Lunatic asylums in Bengal annual reports 1888-1898 - 1888-1898
Year: 1888
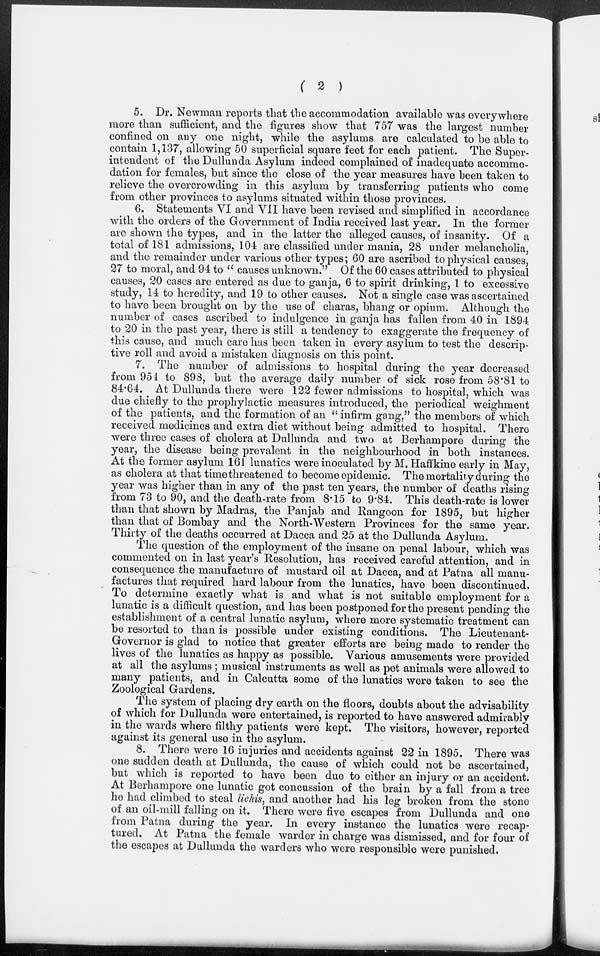
( 2 )
5. Dr. Newman reports that the accommodation available was everywhere
more than sufficient, and the figures show that 757 was the largest number
confined on any one night, while the asylums are calculated to be able to
contain 1,137, allowing 50 superficial square feet for each patient. The Super-
intendent of the Dullunda Asylum indeed complained of inadequate accommo-
dation for females, but since the close of the year measures have been taken to
relieve the overcrowding in this asylum by transferring patients who come
from other provinces to asylums situated within those provinces.
6. Statements VI and VII have been revised and simplified in accordance
with the orders of the Government of India received last year. In the former
are shown the types, and in the latter the alleged causes, of insanity. Of a
total of 181 admissions, 104 are classified under mania, 28 under melancholia,
and the remainder under various other types; 60 are ascribed to physical causes,
27 to moral, and 94 to " causes unknown." Of the 60 cases attributed to physical
causes, 20 cases are entered as due to ganja, 6 to spirit drinking, 1 to excessive
study, 14 to heredity, and 19 to other causes. Not a single case was ascertained
to have been brought on by the use of charas, bhang or opium. Although the
number of cases ascribed to indulgence in ganja has fallen from 40 in 1894
to 20 in the past year, there is still a tendency to exaggerate the frequency of
this cause, and much care has been taken in every asylum to test the descrip-
tive roll and avoid a mistaken diagnosis on this point.
7. The number of admissions to hospital during the year decreased
from 95 4 to 898, but the average daily number of sick rose from 58.81 to
84.64. At Dullunda there were 122 fewer admissions to hospital, which was
due chiefly to the prophylactic measures introduced, the periodical weighment
of the patients, and the formation of an "infirm gang," the members of which
received medicines and extra diet without being admitted to hospital. There
were three cases of cholera at Dullunda and two at Berhampore during the
year, the disease being prevalent in the neighbourhood in both instances.
At the former asylum 161 lunatics were inoculated by M. Haffkine early in May,
as cholera at that time threatened to become epidemic. The mortality during the
year was higher than in any of the past ten years, the number of deaths rising
from 73 to 90, and the death-rate from 8.15 to 9.84. This death-rate is lower
than that shown by Madras, the Panjab and Rangoon for 1895, but higher
than that of Bombay and the North-Western Provinces for the same year.
Thirty of the deaths occurred at Dacca and 25 at the Dullunda Asylum.
The question of the employment of the insane on penal labour, which was
commented on in last year's Resolution, has received careful attention, and in
consequence the manufacture of mustard oil at Dacca, and at Patna all manu-
factures that required hard labour from the lunatics, have been discontinued.
To determine exactly what is and what is not suitable employment for a
lunatic is a difficult question, and has been postponed for the present pending the
establishment of a central lunatic asylum, where more systematic treatment can
be resorted to than is possible under existing conditions. The Lieutenant-
Governor is glad to notice that greater efforts are being made to render the
lives of the lunatics as happy as possible. Various amusements were provided
at all the asylums ; musical instruments as well as pet animals were allowed to
many patients, and in Calcutta some of the lunatics were taken to see the
Zoological Gardens.
The system of placing dry earth on the floors, doubts about the advisability
of which for Dullunda were entertained, is reported to have answered admirably
in the wards where filthy patients were kept. The visitors, however, reported
against its general use in the asylum.
8. There were 16 injuries and accidents against 22 in 1895. There was
one sudden death at Dullunda, the cause of which could not be ascertained,
but which is reported to have been due to either an injury or an accident.
At Berhampore one lunatic got concussion of the brain by a fall from a tree
he had climbed to steal lichis, and another had his leg broken from the stone
of an oil-mill falling on it. There were five escapes from Dullunda and one
from Patna during the year. In every instance the lunatics were recap-
tured. At Patna the female warder in charge was dismissed, and for four of
the escapes at Dullunda the warders who were responsible were punished.